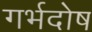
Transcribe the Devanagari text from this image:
गर्भदोष